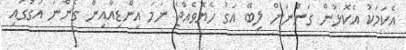
އެކަމަކު އެކޮޅުން ގަންނަން ލިބޭ އަގު ހެޔޮވެއްޖެ ނަމަ އިންޑިއާއިން ގެންނަ އަގުގައި